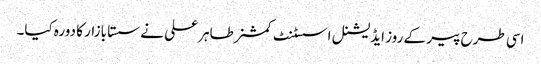
اسی طرح پیر کے روز ایڈیشنل اسسٹنٹ کمشنر طاہر علی نے سستا بازار کا دورہ کیا۔